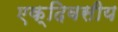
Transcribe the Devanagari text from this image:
एक्दिवसीय